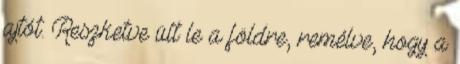
ajtót. Reszketve ült le a földre, remélve, hogy a